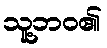
သူ့ဘဝ၏